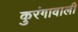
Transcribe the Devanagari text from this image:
कुरंगावाली